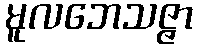
မူလဘေသဇ္ဇာ